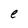
Character: e